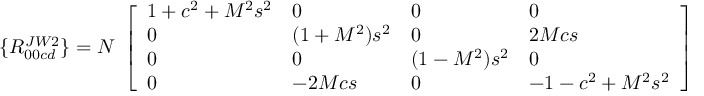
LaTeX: \{ R _ { 0 0 c d } ^ { J W 2 } \} = { \cal N } \; \left[ \begin{array} { l l l l } { { 1 + c ^ { 2 } + M ^ { 2 } s ^ { 2 } } } & { { 0 } } & { { 0 } } & { { 0 } } \\ { { 0 } } & { { ( 1 + M ^ { 2 } ) s ^ { 2 } } } & { { 0 } } & { { 2 M c s } } \\ { { 0 } } & { { 0 } } & { { ( 1 - M ^ { 2 } ) s ^ { 2 } } } & { { 0 } } \\ { { 0 } } & { { - 2 M c s } } & { { 0 } } & { { - 1 - c ^ { 2 } + M ^ { 2 } s ^ { 2 } } } \end{array} \right] ,